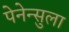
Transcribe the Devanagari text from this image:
पेनेन्सुला